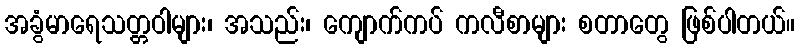
အခွံမာရေသတ္တဝါများ၊ အသည်း၊ ကျောက်ကပ် ကလီစာများ စတာတွေ ဖြစ်ပါတယ်။